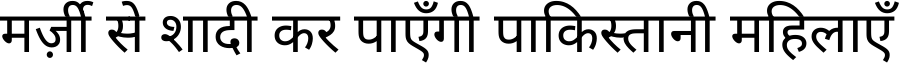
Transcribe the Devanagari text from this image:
मर्ज़ी से शादी कर पाएँगी पाकिस्तानी महिलाएँ